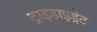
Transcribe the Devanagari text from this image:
ट्राइहाइड्रेट